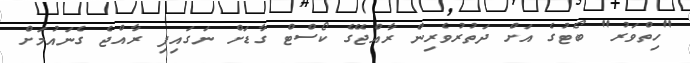
"ހިތްވަރު" ބޯޓުގެ އަށް ދަތުރުވެރިން ރާއްޖޭގެ ކޯސްޓް ގާޑަށް ނަގައިފި ރާއްޖެ ގެނައުމަށް